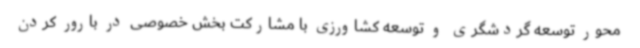
محور توسعه گردشگری و توسعه کشاورزی با مشارکت بخش خصوصی در بارور کردن